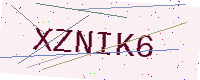
Text: XZNIK6